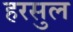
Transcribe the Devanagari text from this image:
हरसुल